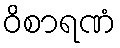
ဝိစာရဏံ